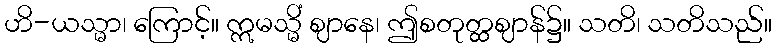
ဟိ-ယသ္မာ၊ ကြောင့်။ ဣမသ္မိံ ဈာနေ၊ ဤစတုတ္ထဈာန်၌။ သတိ၊ သတိသည်။